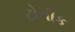
ટોનીક